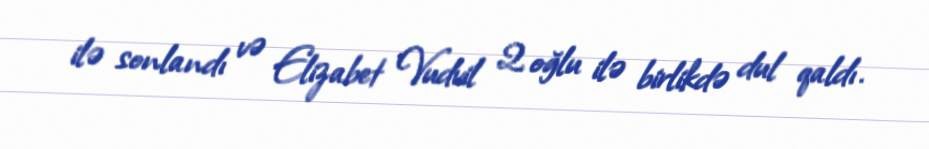
ilə sonlandı və Elizabet Vudvil 2 oğlu ilə birlikdə dul qaldı.